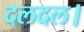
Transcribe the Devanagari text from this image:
दलदल।